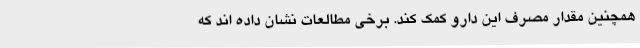
همچنین مقدار مصرف این دارو کمک کند. برخی مطالعات نشان داده اند که